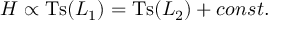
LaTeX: { \cal H } \propto \mathrm { T s } ( { \cal L } _ { 1 } ) = \mathrm { T s } ( { \cal L } _ { 2 } ) + c o n s t .